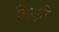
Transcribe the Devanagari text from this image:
मिजुरि